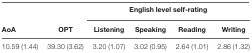
<table><thead><tr><td></td><td></td><td colspan="4"><b>English level self-rating</b></td></tr><tr><td><b>AoA</b></td><td><b>OPT</b></td><td><b>Listening</b></td><td><b>Speaking</b></td><td><b>Reading</b></td><td><b>Writing</b></td></tr></thead><tbody><tr><td>10.59 (1.44)</td><td>39.30 (3.62)</td><td>3.20 (1.07)</td><td>3.02 (0.95)</td><td>2.64 (1.01)</td><td>2.86 (1.32)</td></tr></tbody></table>